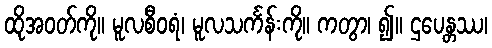
ထိုအဝတ်ကို။ မူလစီဝရံ၊ မူလသင်္ကန်းကို။ ကတွာ၊ ၍။ ဌပေန္တဿ၊